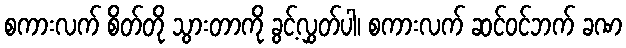
စကားလက် စိတ်တို သွားတာကို ခွင့်လွှတ်ပါ၊ စကားလက် ဆင်ဝင်ဘက် ခဏ